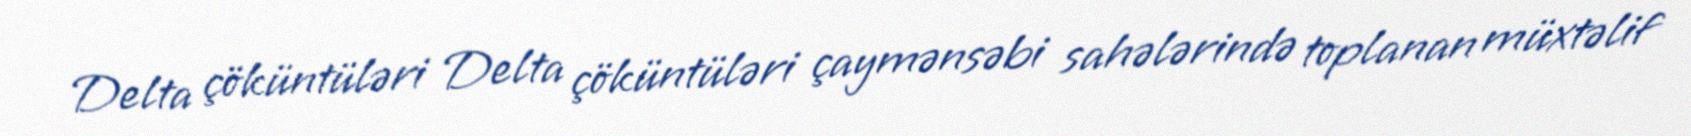
Delta çöküntüləri Delta çöküntüləri çaymənsəbi sahələrində toplanan müxtəlif